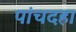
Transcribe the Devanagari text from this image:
पांचदहा